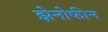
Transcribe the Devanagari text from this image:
झेनोफीन